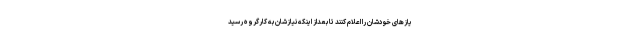
یازهای خودشان را اعلام کنند تا بعداز اینکه نیازشان به کارگروه رسید